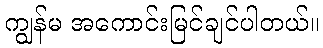
ကျွန်မ အကောင်းမြင်ချင်ပါတယ်။